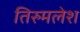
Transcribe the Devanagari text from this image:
तिरुमलेश